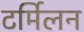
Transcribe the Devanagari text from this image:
टर्मिलन